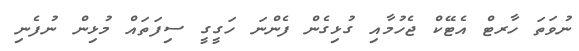
ނުވަތަ ހާރޓް އެޓޭކް ޖެހުމާއި ގުޅިގެން ފެންނަ ހަގީގީ ސިފަތައް މުޅިން ނުފެނި